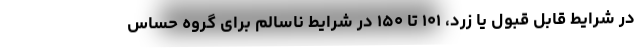
در شرایط قابل قبول یا زرد، ۱۰۱ تا ۱۵۰ در شرایط ناسالم برای گروه حساس